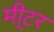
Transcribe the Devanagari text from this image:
मी्टर